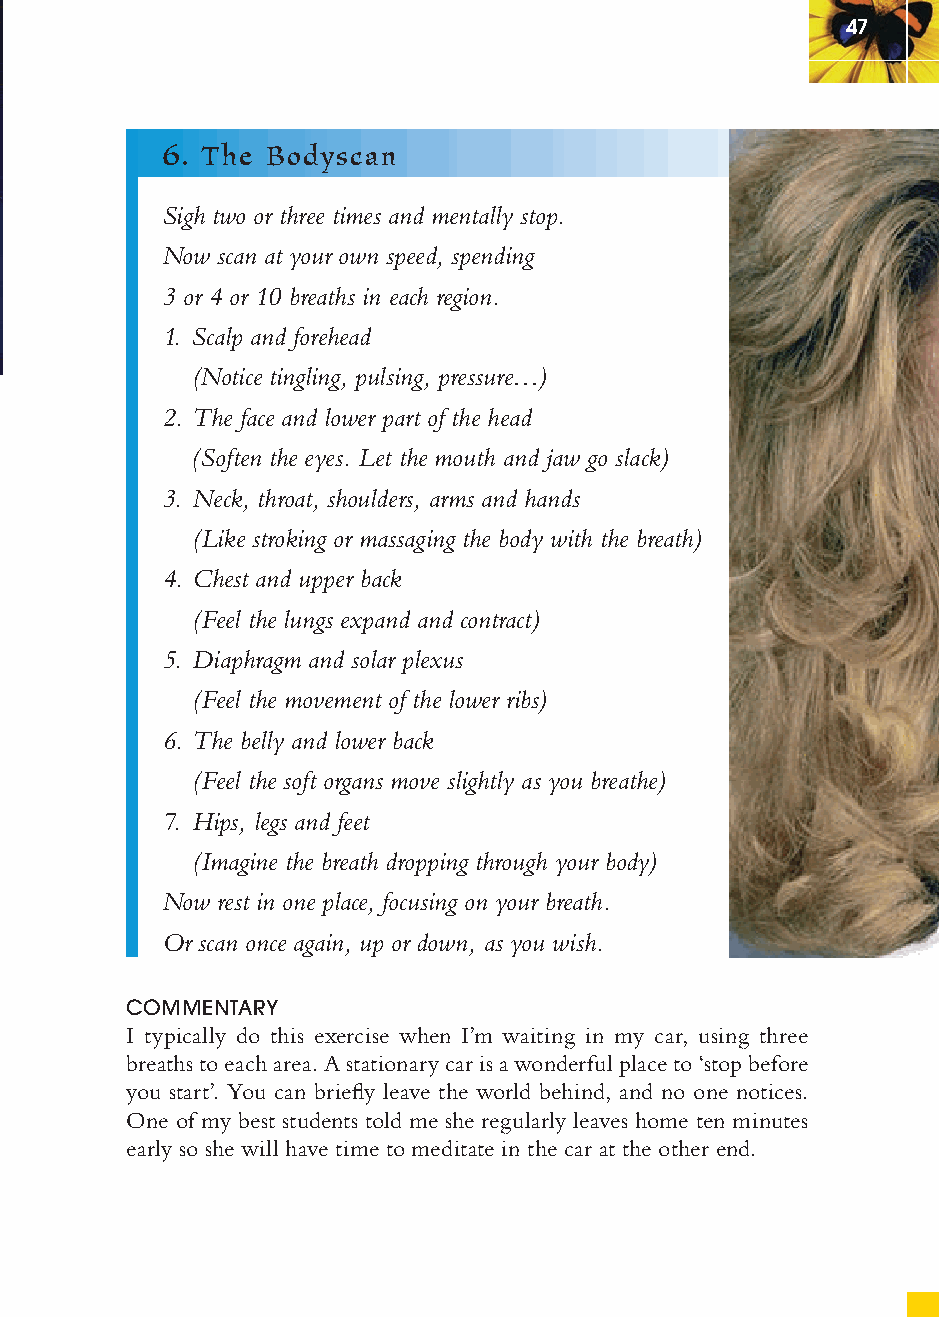
47
 6. The Bodyscan
 Sigh two or three times and mentally stop.
 Now scan at your own speed, spending
 3 or 4 or 10 breaths in each region.
 1. Scalp and forehead
 (Notice tingling, pulsing, pressure…)
 2. The face and lower part of the head
 (Soften the eyes. Let the mouth and jaw go slack)
 3. Neck, throat, shoulders, arms and hands
 (Like stroking or massaging the body with the breath)
 4. Chest and upper back
 (Feel the lungs expand and contract)
 5. Diaphragm and solar plexus
 (Feel the movement of the lower ribs)
 6. The belly and lower back
 (Feel the soft organs move slightly as you breathe)
 7. Hips, legs and feet
 (Imagine the breath dropping through your body)
 Now rest in one place, focusing on your breath.
 Or scan once again, up or down, as you wish.
 COMMENTARY
 I typically do this exercise when I’m waiting in my car, using three
 breaths to each area. A stationary car is a wonderful place to ‘stop before
 you start’. You can briefl y leave the world behind, and no one notices.
 One of my best students told me she regularly leaves home ten minutes
 early so she will have time to meditate in the car at the other end.
 ffiivvee__220000667788..iinndddd SSeecc11::5511     3300//55//0055 55::0033::5577 PPMM